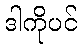
ဒါကိုပင်